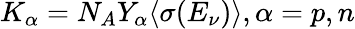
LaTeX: K_{\alpha}=N_{A}Y_{\alpha}\langle\sigma(E_{\nu})\rangle,\alpha=p,n